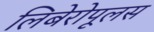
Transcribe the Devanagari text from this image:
लिबेरोपूलस